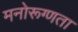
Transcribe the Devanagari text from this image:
मनोरूग्णता